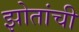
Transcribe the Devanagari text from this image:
झोतांची